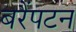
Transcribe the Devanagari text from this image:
बरैंपटन